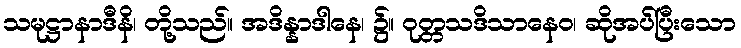
သမုဋ္ဌာနာဒီနိ၊ တို့သည်။ အဒိန္နာဒါနေ၊ ၌။ ဝုတ္တသဒိသာနေဝ၊ ဆိုအပ်ပြီးသော